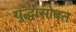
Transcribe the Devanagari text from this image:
युद्धासोबत